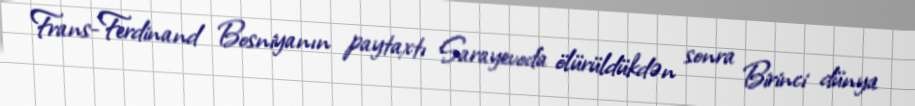
Frans-Ferdinand Bosniyanın paytaxtı Sarayevoda ölürüldükdən sonra Birinci dünya